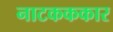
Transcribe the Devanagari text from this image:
नाटकककार